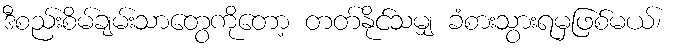
ဒီစည်းစိမ်ချမ်းသာတွေကိုတော့ တတ်နိုင်သမျှ ခံစားသွားရမှဖြစ်မယ်၊